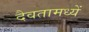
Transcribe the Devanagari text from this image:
दैवतामध्यें